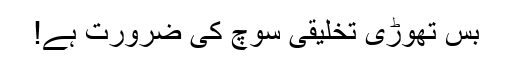
بس تھوڑی تخلیقی سوچ کی ضرورت ہے!